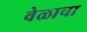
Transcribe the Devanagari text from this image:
वेळाचा